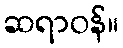
ဆရာဝန်။